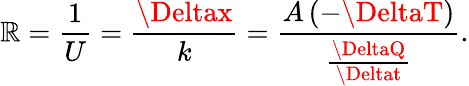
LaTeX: {\big.}\mathbb{R}={\frac{{1}}{{U}}}={\frac{{\Deltax}}{{k}}}={\frac{{A\, (-\DeltaT)}}{{\frac{{\DeltaQ}}{{\Deltat}}}}}.